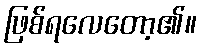
ဖြစ်ရလေတော့၏။